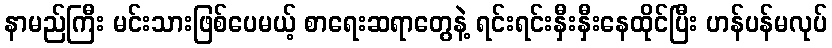
နာမည်ကြီး မင်းသားဖြစ်ပေမယ့် စာရေးဆရာတွေနဲ့ ရင်းရင်းနှီးနှီးနေထိုင်ပြီး ဟန်ပန်မလုပ်